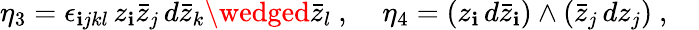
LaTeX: \eta_{3}=\epsilon_{\mathbf{i}jkl}\, z_{\mathbf{i}}\bar{{z}}_{j}\, d\bar{{z}}_{k}\wedged\bar{{z}}_{l}\ ,\; \; \; \; \eta_{4}=(z_{\mathbf{i}}\, d\bar{{z}}_{\mathbf{i}})\wedge(\bar{{z}}_{j}\, dz_{j})\ ,\; \; \; \;